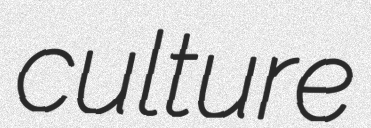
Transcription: culture